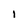
Character: I